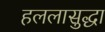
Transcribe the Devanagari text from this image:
हललासुद्धा